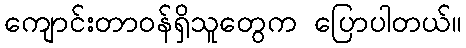
ကျောင်းတာဝန်ရှိသူတွေက ပြောပါတယ်။